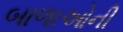
બાળાઓની